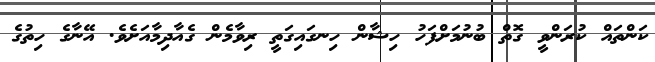
ކަންތައް ކުރަންވީ ގޮތް ބުނުމަށްފަހު ހިޝާން ހިނގައިގަތީ ރިވާމެން ގެއާދިމާއަށެވެ. އޭނާގެ ހިތުގެ